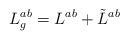
LaTeX: \begin{align*}L_g^{ab}= L^{ab}+\tilde{L}^{ab} \end{align*}